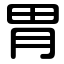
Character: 胃